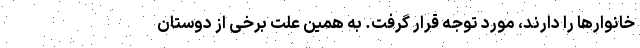
خانوارها را دارند، مورد توجه قرار گرفت. به همین علت برخی از دوستان